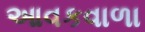
આવકવાળા